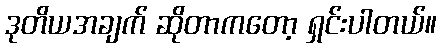
ဒုတိယအချက် ဆိုတာကတော့ ရှင်းပါတယ်။